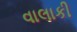
વાલાકી